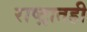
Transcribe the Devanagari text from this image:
राष्ट्रातही